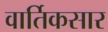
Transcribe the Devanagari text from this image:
वार्तिकसार